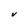
Character: V